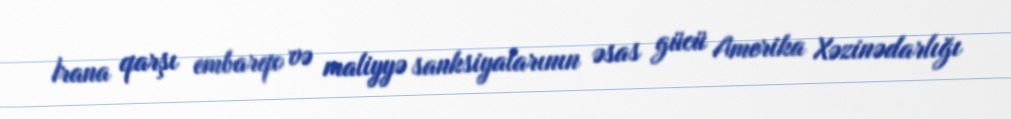
İrana qarşı embarqo və maliyyə sanksiyalarının əsas gücü Amerika Xəzinədarlığı